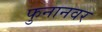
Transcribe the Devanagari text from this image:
फुनानवर